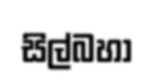
සිල්බහා